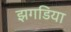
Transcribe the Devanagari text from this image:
झगडिया